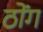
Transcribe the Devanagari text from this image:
ठोंग